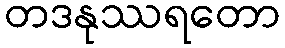
တဒနုဿရတော